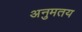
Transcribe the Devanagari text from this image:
अनुमतय